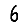
Digit: 6